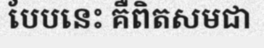
បែបនេះ គឺពិតសមជា